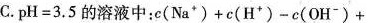
C.pH=3.5的溶液中：$$c (N a^{+}) + c (H^{+}) - c (O H^{-}) +